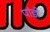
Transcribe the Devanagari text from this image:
पांडी